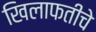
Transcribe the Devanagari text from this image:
खिलाफतीचे